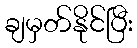
ချမှတ်နိုင်ပြီး